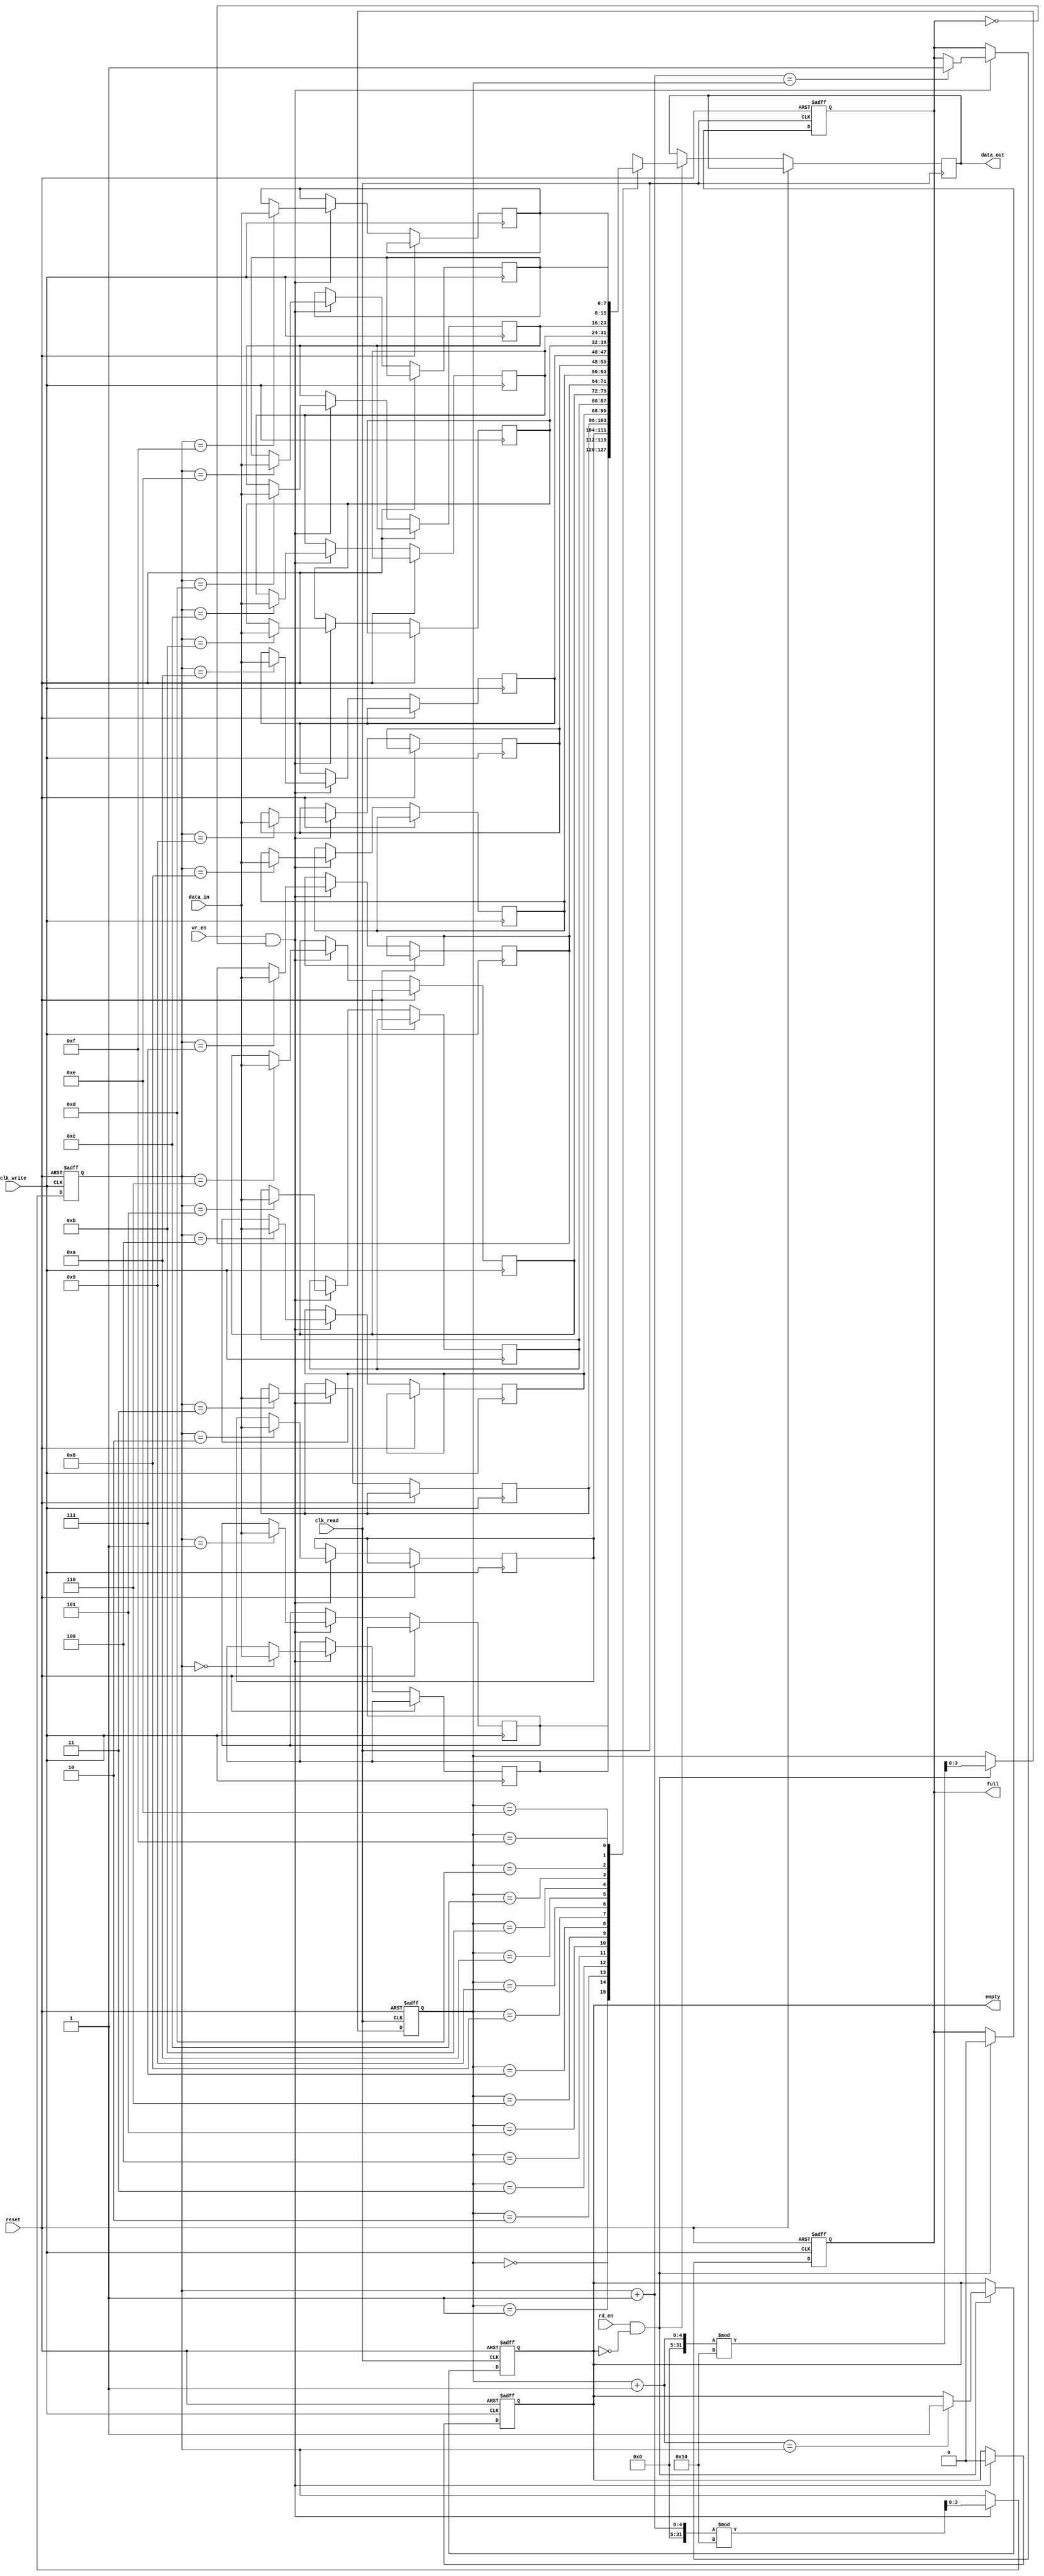
module fifo_sram #(
    parameter DATA_WIDTH = 8,  // Configurable data width (e.g., 8, 16, 32 bits)
    parameter DEPTH = 16        // Configurable depth (number of entries)
)(
    input wire clk_write,       // Write clock
    input wire clk_read,        // Read clock
    input wire reset,           // Asynchronous reset
    input wire wr_en,           // Write enable
    input wire rd_en,           // Read enable
    input wire [DATA_WIDTH-1:0] data_in, // Data input
    output reg [DATA_WIDTH-1:0] data_out, // Data output
    output reg full,            // Full flag
    output reg empty            // Empty flag
);

    // Memory array
    reg [DATA_WIDTH-1:0] mem [0:DEPTH-1];

    // Write and read pointers
    reg [$clog2(DEPTH)-1:0] wr_ptr;
    reg [$clog2(DEPTH)-1:0] rd_ptr;

    // Initialize pointers and flags
    initial begin
        wr_ptr = 0;
        rd_ptr = 0;
        full = 0;
        empty = 1;
    end

    // Write operation
    always @(posedge clk_write or posedge reset) begin
        if (reset) begin
            wr_ptr <= 0;
            full <= 0;
            empty <= 1;
        end else if (wr_en && !full) begin
            mem[wr_ptr] <= data_in; // Write data to memory
            wr_ptr <= (wr_ptr + 1) % DEPTH; // Increment write pointer
            empty <= 0; // FIFO is not empty after write
            if (wr_ptr + 1 == rd_ptr) begin
                full <= 1; // FIFO is full
            end
        end
    end

    // Read operation
    always @(posedge clk_read or posedge reset) begin
        if (reset) begin
            rd_ptr <= 0;
            full <= 0;
            empty <= 1;
        end else if (rd_en && !empty) begin
            data_out <= mem[rd_ptr]; // Read data from memory
            rd_ptr <= (rd_ptr + 1) % DEPTH; // Increment read pointer
            full <= 0; // FIFO is not full after read
            if (rd_ptr + 1 == wr_ptr) begin
                empty <= 1; // FIFO is empty
            end
        end
    end

endmodule